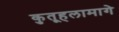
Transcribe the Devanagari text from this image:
कुतूहलामागे